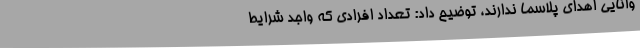
وانایی اهدای پلاسما ندارند، توضیح داد: تعداد افرادی که واجد شرایط